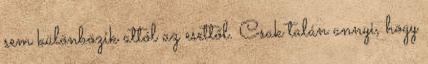
sem különbözik attól az esettől. Csak talán annyi, hogy